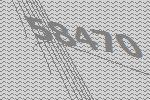
58470